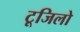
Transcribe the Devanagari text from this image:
टूजिलो